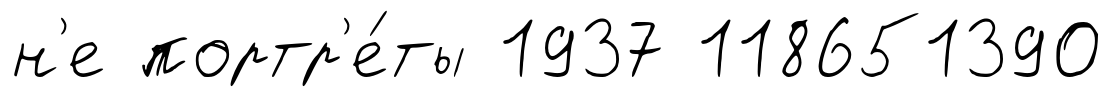
н'е портр'е́ты 1937 118651390